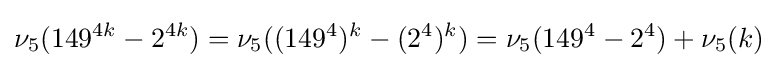
\nu _{5}(149^{4k}-2^{4k})=\nu _{5}((149^{4})^{k}-(2^{4})^{k})=\nu _{5}(149^{4}-2^{4})+\nu _{5}(k)